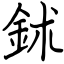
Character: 鉥